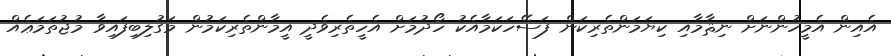
އެއިން އެމީހުންނަށް ނިޘާމާއި ކިޔަމަންތެރިކަން ފަސޭހަކަމާއެކު ހޯދުމަށް އެހީތެރިވެދީ އީމާންތެރިކަމުން މަގުލިބިފައިވާ މުޖުތަމަޢެއް